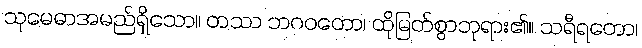
သုမေဓာအမည်ရှိသော။ တဿ ဘဂဝတော၊ ထိုမြတ်စွာဘုရား၏။ သရီရတော၊